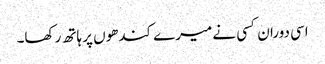
اسی دوران کسی نے میرے کندھوں پر ہاتھ رکھا۔